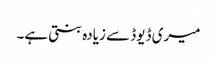
میری ڈیوڈ سے زیادہ بنتی ہے۔